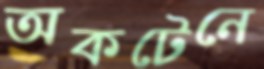
অকটেনে